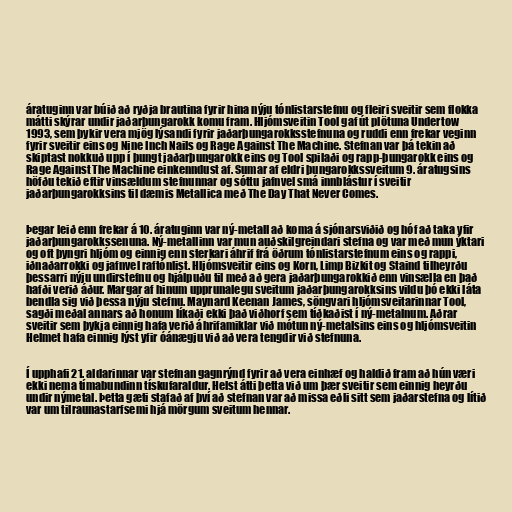
áratuginn var búið að ryðja brautina fyrir hina nýju tónlistarstefnu og fleiri sveitir sem flokka
mátti skýrar undir jaðarþungarokk komu fram. Hljómsveitin Tool gaf út plötuna Undertow
1993, sem þykir vera mjög lýsandi fyrir jaðarþungarokksstefnuna og ruddi enn frekar veginn
fyrir sveitir eins og Nine Inch Nails og Rage Against The Machine. Stefnan var þá tekin að
skiptast nokkuð upp í þungt jaðarþungarokk eins og Tool spilaði og rapp-þungarokk eins og
Rage Against The Machine einkenndust af. Sumar af eldri þungarokkssveitum 9. áratugsins
höfðu tekið eftir vinsældum stefnunnar og sóttu jafnvel smá innblástur í sveitir
jaðarþungarokksins til dæmis Metallica með The Day That Never Comes.

Þegar leið enn frekar á 10. áratuginn var ný-metall að koma á sjónarsviðið og hóf að taka yfir
jaðarþungarokkssenuna. Ný-metallinn var mun auðskilgreindari stefna og var með mun ýktari
og oft þyngri hljóm og einnig enn sterkari áhrif frá öðrum tónlistarstefnum eins og rappi,
iðnaðarrokki og jafnvel raftónlist. Hljómsveitir eins og Korn, Limp Bizkit og Staind tilheyrðu
þessarri nýju undirstefnu og hjálpuðu til með að gera jaðarþungarokkið enn vinsælla en það
hafði verið áður. Margar af hinum upprunalegu sveitum jaðarþungarokksins vildu þó ekki láta
bendla sig við þessa nýju stefnu. Maynard Keenan James, söngvari hljómsveitarinnar Tool,
sagði meðal annars að honum líkaði ekki það viðhorf sem tíðkaðist í ný-metalnum. Aðrar
sveitir sem þykja einnig hafa verið áhrifamiklar við mótun ný-metalsins eins og hljómsveitin
Helmet hafa einnig lýst yfir óánægju við að vera tengdir við stefnuna.

Í upphafi 21. aldarinnar var stefnan gagnrýnd fyrir að vera einhæf og haldið fram að hún væri
ekki nema tímabundinn tískufaraldur. Helst átti þetta við um þær sveitir sem einnig heyrðu
undir nýmetal. Þetta gæti stafað af því að stefnan var að missa eðli sitt sem jaðarstefna og lítið
var um tilraunastarfsemi hjá mörgum sveitum hennar.